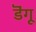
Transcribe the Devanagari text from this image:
डॆंगू